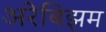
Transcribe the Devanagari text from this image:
अरेबिझम